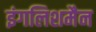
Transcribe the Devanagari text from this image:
इंगलिशमैन